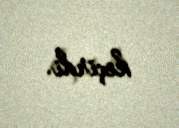
keçirdi.